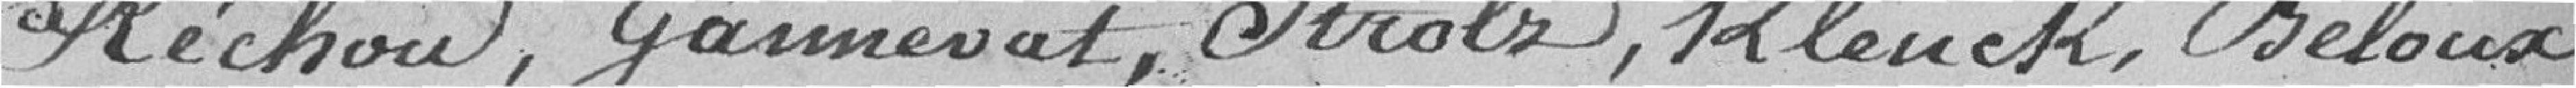
Réchou, Garmevat, Strolz, Kleuck, Beloux,